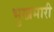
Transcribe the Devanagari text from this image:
भुखमारी